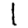
Digit: 1